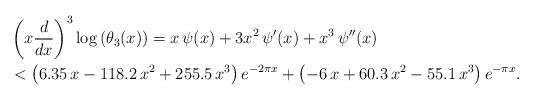
LaTeX: \begin{align*}& \left(x \frac{d}{dx}\right)^3 \log \left( \theta_3(x) \right) = x \, \psi(x) + 3 x^2 \, \psi'(x) + x^3 \, \psi''(x)\\& < \left( 6.35 \, x - 118.2 \, x^2 + 255.5 \, x^3 \right) e^{-2 \pi x} + \left( -6 \, x + 60.3 \, x^2 - 55.1 \, x^3 \right) e^{-\pi x}.\end{align*}